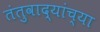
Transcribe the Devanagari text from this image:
तंतुवाद्यांच्या